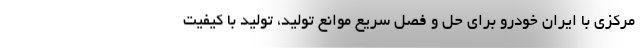
مرکزی با ایران خودرو برای حل و فصل سریع موانع تولید، تولید با کیفیت